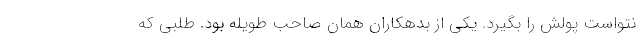
نتواست پولش را بگیرد. یکی از بدهکاران همان صاحب طویله بود. طلبی که